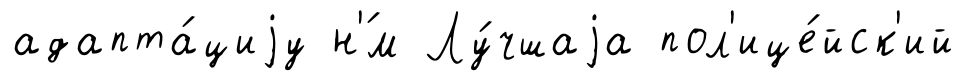
адапта́циjу н'́м Лу́чшаjа пол'ице́йск'ий